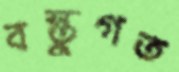
বস্তুগত